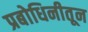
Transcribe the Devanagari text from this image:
प्रबोधिनीतून